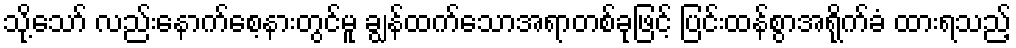
သို့သော် လည်းနောက်စေ့နားတွင်မူ ချွန်ထက်သောအရာတစ်ခုဖြင့် ပြင်းထန်စွာအရိုက်ခံ ထားရသည့်